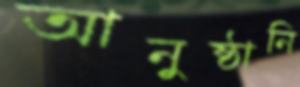
আনুষ্ঠানি